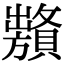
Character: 𧸞